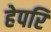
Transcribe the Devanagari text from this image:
हेपरि